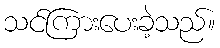
သင်ကြားပေးခဲ့သည်။